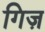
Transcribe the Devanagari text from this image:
गिज़